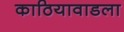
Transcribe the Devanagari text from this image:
काठियावाडला